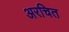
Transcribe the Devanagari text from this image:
अरचित